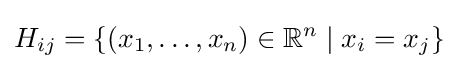
H_{ij}=\{(x_{1},\ldots ,x_{n})\in \mathbb {R} ^{n}\mid x_{i}=x_{j}\}